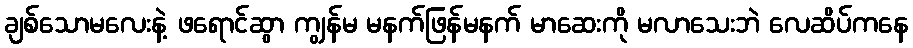
ချစ်သောမလေးနဲ့ ဖရောင်ဆွာ ကျွန်မ မနက်ဖြန်မနက် မာဆေးကို မလာသေးဘဲ လေဆိပ်ကနေ